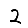
Digit: 2